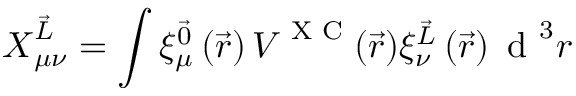
\boldsymbol { X } _ { \mu \nu } ^ { \vec { L } } = \int \xi _ { \mu } ^ { \vec { 0 } } \left( \vec { r } \right) \boldsymbol { V } ^ { \textrm { X C } } ( \vec { r } ) \xi _ { \nu } ^ { \vec { L } } \left( \vec { r } \right) \textrm { d } ^ { 3 } r